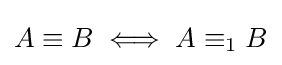
A\equiv B\iff A\equiv _{1}B